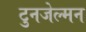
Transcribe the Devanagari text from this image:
टुनजेल्मन